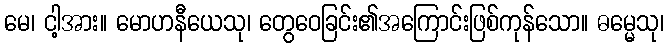
မေ၊ ငါ့အား။ မောဟနီယေသု၊ တွေဝေခြင်း၏အကြောင်းဖြစ်ကုန်သော။ ဓမ္မေသု၊